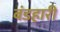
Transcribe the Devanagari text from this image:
बंडहारी